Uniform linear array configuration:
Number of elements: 48
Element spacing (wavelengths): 0.25
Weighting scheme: blackman
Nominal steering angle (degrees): -60
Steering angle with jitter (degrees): -58.918
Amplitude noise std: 0.05
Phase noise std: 0.05

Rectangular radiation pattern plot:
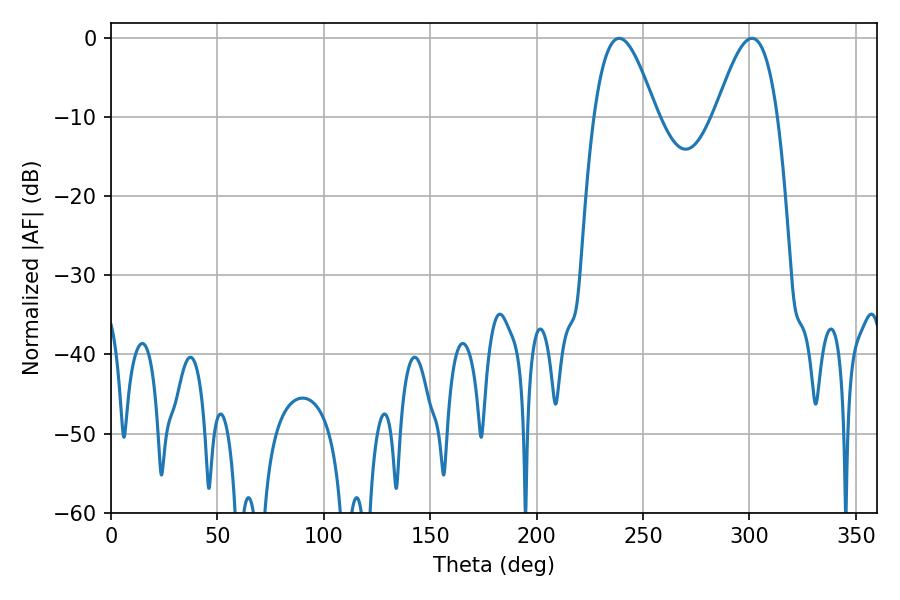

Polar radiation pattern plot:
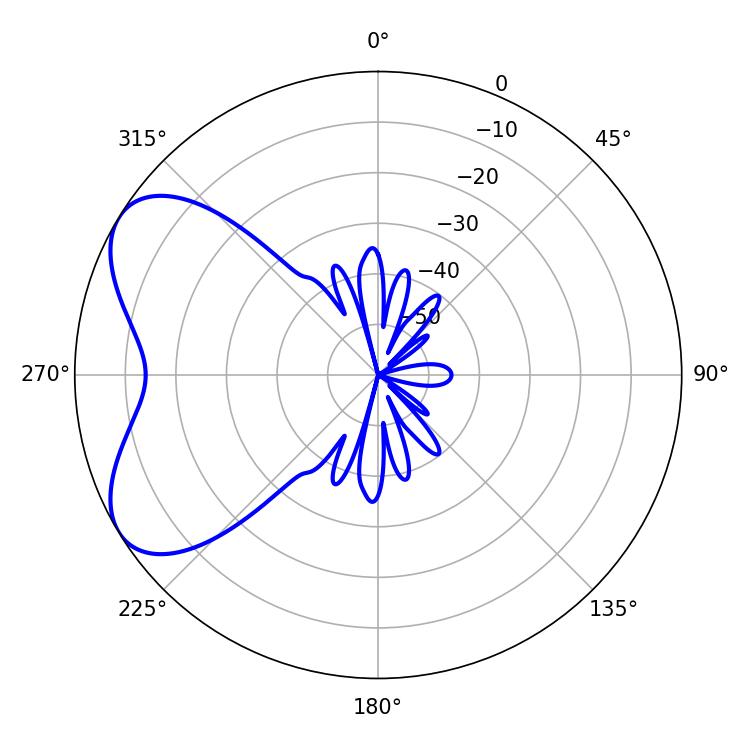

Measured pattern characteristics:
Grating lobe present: FALSE
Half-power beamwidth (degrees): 15.84
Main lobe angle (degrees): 238.86